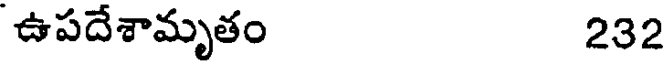
ఉపదేశామృతం 232